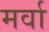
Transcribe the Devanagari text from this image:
मर्वा